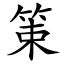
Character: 䇿